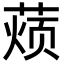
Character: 𮐚